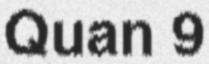
Quan 9